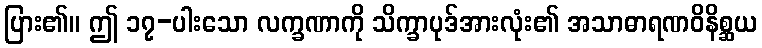
ပြား၏။ ဤ ၁၇-ပါးသော လက္ခဏာကို သိက္ခာပုဒ်အားလုံး၏ အသာဓာရဏဝိနိစ္ဆယ